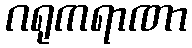
ဂရုကရာဏာ